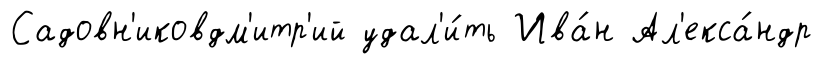
Садовн'иковдм'итр'ий удал'и́ть Ива́н Ал'екса́ндр